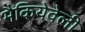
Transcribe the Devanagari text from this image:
मैकियेवेली